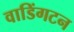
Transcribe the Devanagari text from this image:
वाडिंगटन